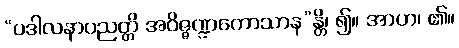
“ပဒါလနာပညတ္တိ အဝိဇ္ဇဏ္ဍကောသာန”န္တိ၊ ၍။ အာဟ၊ ၏။